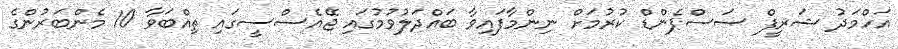
އަހްމަދު ޝަރީފް ސަސްޕެންޑް ކުރުމަށް ނިންމާފައިވާ ބައްދަލުވުމުގައި ޖޭއެސްސީގައި ތިއްބަވާ 10 މެންބަރުންގެ